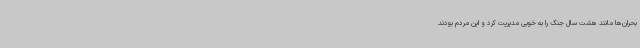
بحران‌ها مانند هشت سال جنگ را به خوبی مدیریت کرد و این مردم بودند